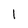
Character: l